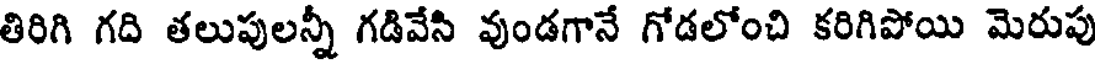
తిరిగి గది తలుపులన్నీ గడివేసి వుండగానే గోడలోంచి కరిగిపోయి మెరుపు